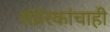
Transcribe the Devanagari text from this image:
संप्रेरकांचाही